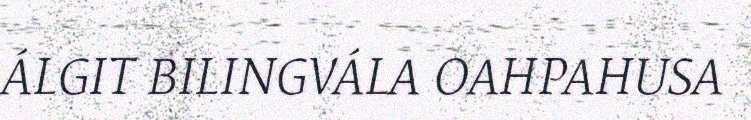
ÁLGIT BILINGVÁLA OAHPAHUSA